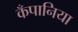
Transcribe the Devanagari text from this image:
कँपानिया